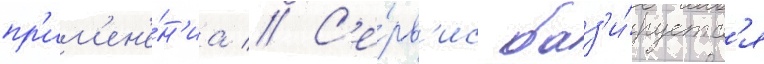
пр'им'ен'е́н'иа // С'е́рв'ис баз'и́руетс'я